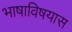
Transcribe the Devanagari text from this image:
भाषाविषयास